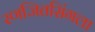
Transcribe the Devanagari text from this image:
रणजितसिंगला